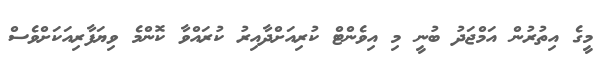
މީގެ އިތުރުން އަމްޖަދު ބުނީ މި އިވެންޓް ކުރިއަށްދާއިރު ކުރައްވާ ކޮންމެ ވިޔަފާރިއަކަށްވެސް